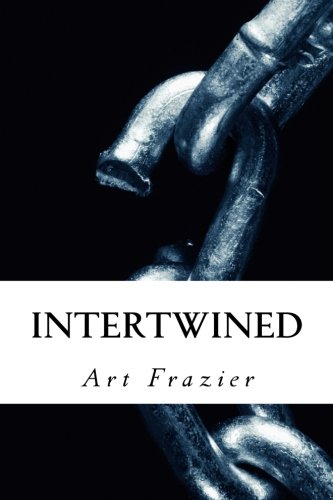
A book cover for Intertwined: A tale of Love & Loyalty; Art Frazier; Literature & Fiction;